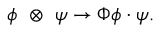
\phi ~ \otimes ~ \psi \rightarrow \Phi \phi \cdot \psi .